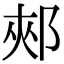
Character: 郟